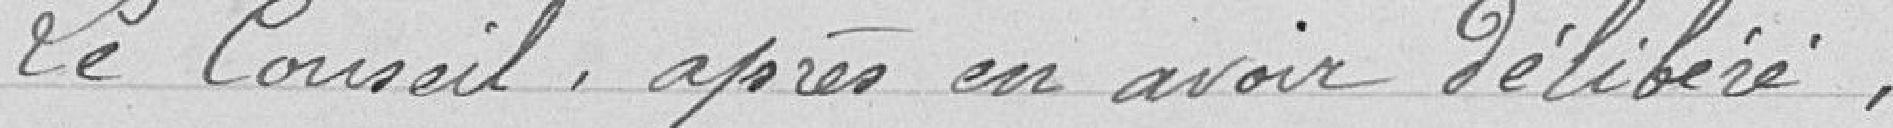
Le Conseil, après en avoir délibéré,